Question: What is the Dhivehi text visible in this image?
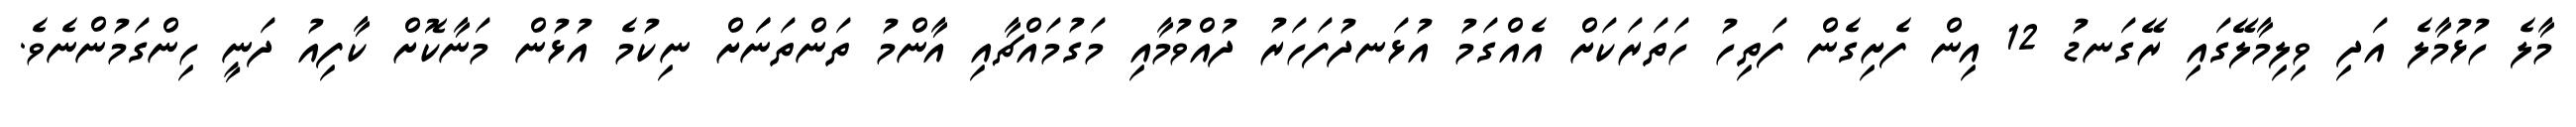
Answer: މާލެ ހުޅުމާލެ އަދި ވިލިމާލޭގައި ރޭގަނޑު 12 އިން ފެށިގެން ފަތިހު ހަތަރަކަށް އެއްގަމު އުޅަނދުފަހަރު ދުއްވުމާއި މަގުމައްޗާއި އާންމު ތަންތަނަަށް ނިކުމެ އުޅުން މަނާކޮށް ކާފިއު ދަނީ ހިންގަމުންނެވެ.